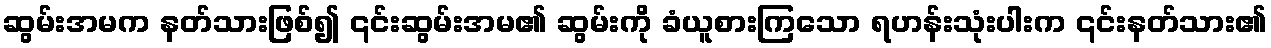
ဆွမ်းအမက နတ်သားဖြစ်၍ ၎င်းဆွမ်းအမ၏ ဆွမ်းကို ခံယူစားကြသော ရဟန်းသုံးပါးက ၎င်းနတ်သား၏